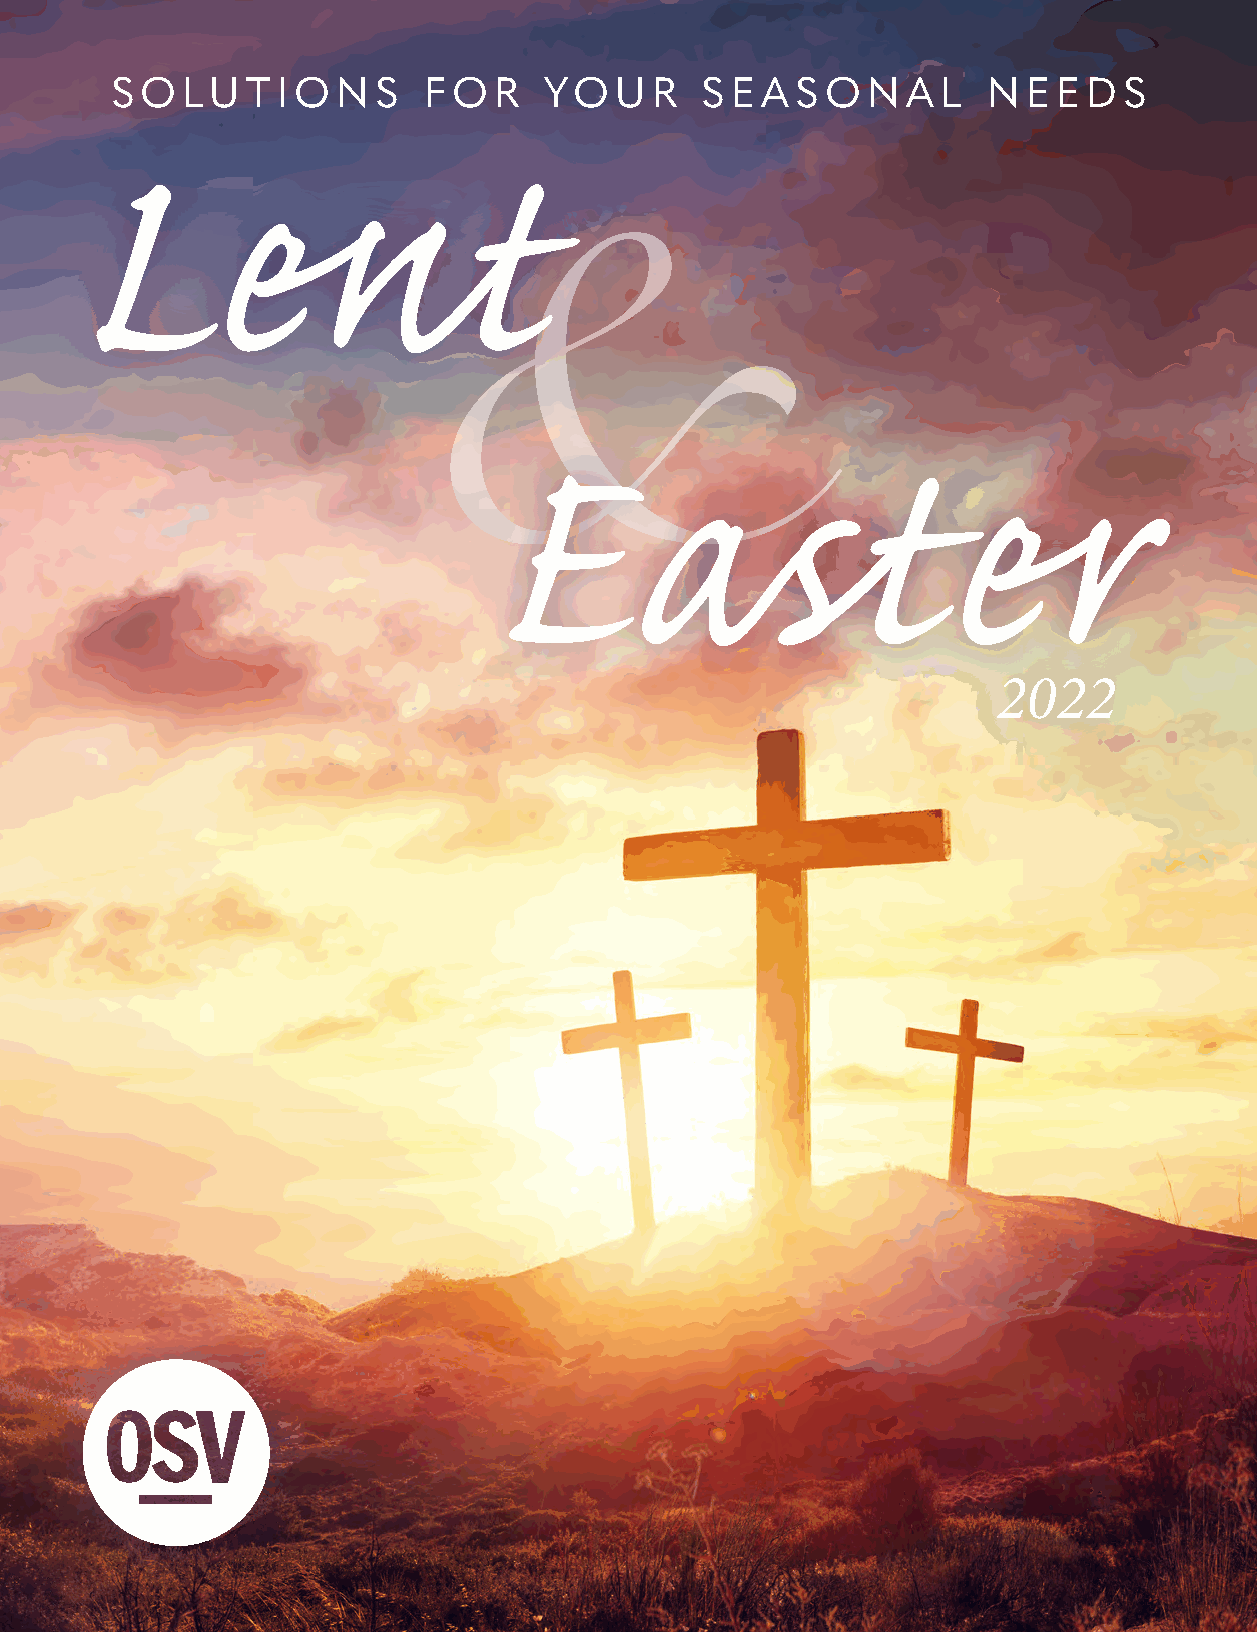
SO   LUT   IONS      FOR     YOU    R  SE  ASONAL         NEEDS
 Lent
 &
 Easter
 2022